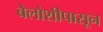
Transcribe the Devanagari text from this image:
बेलोशीपासून